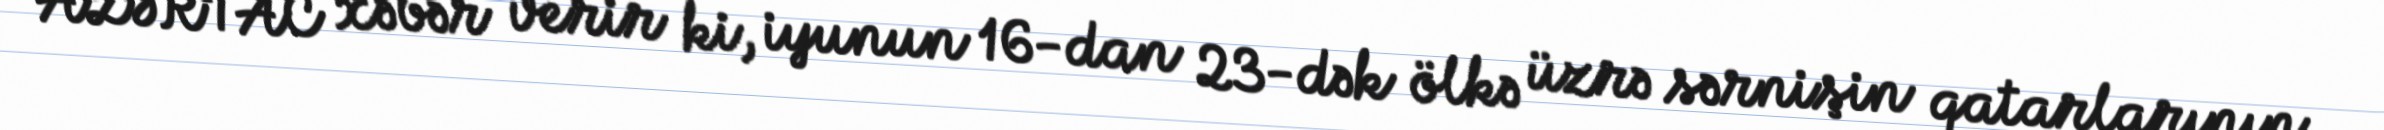
AZƏRTAC xəbər verir ki, iyunun 16-dan 23-dək ölkə üzrə sərnişin qatarlarının